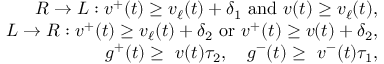
\begin{array} { r } { R \rightarrow L : v ^ { + } ( t ) \geq v _ { \ell } ( t ) + \delta _ { 1 } \ \mathrm { a n d } \ v ( t ) \geq v _ { \ell } ( t ) , } \\ { L \rightarrow R : v ^ { + } ( t ) \geq v _ { \ell } ( t ) + \delta _ { 2 } \ \mathrm { o r } \ v ^ { + } ( t ) \geq v ( t ) + \delta _ { 2 } , } \\ { g ^ { + } ( t ) \geq \ v ( t ) \tau _ { 2 } , \quad g ^ { - } ( t ) \geq \ v ^ { - } ( t ) \tau _ { 1 } , } \end{array}